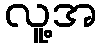
လူ့အ